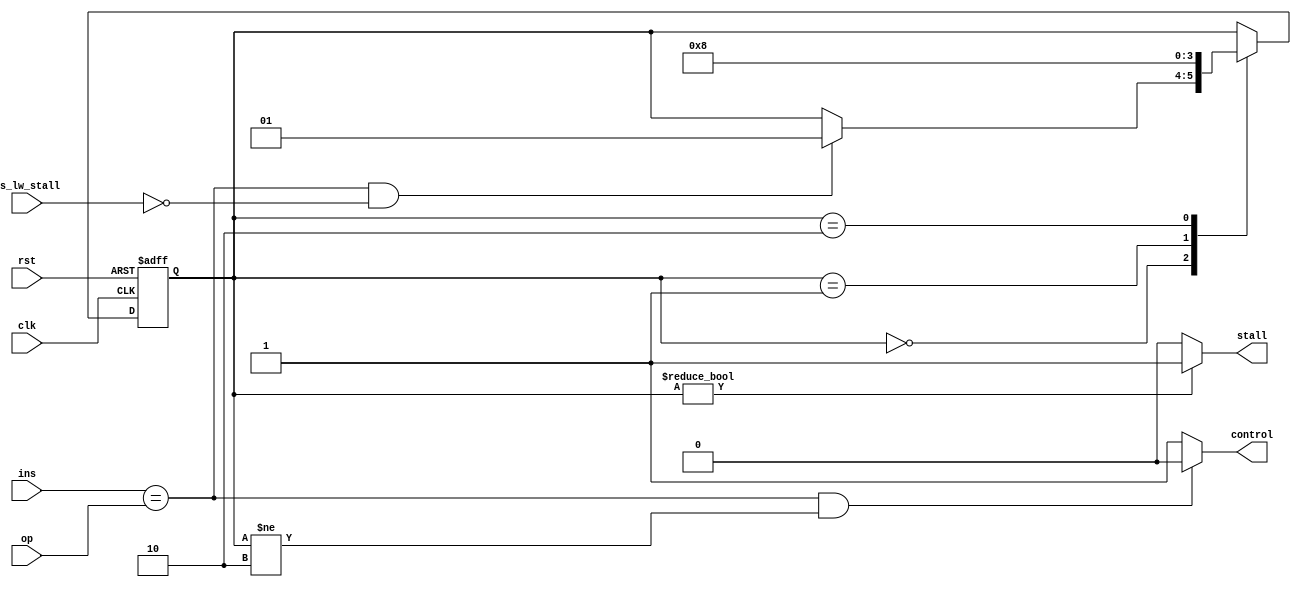
`timescale 1ns / 1ps

module Nop_2cycle(
    input clk,
    input rst,
    input [5:0] ins,
    input [5:0] op,
    input is_lw_stall,
    output reg control,
    output reg stall
    );
    reg [1:0] state,next_state;
    always@(posedge clk, posedge rst) begin
        if(rst) state<=0;
        else state<=next_state;
    end
    always@(*) begin
        next_state=state;
        case(state)
            0: if(ins==op&&~is_lw_stall) next_state=1;
            1: next_state=2;
            2: next_state=0;
        endcase
    end
    always@(*) begin
        if(ins==op&&state!=2) control=0;
        else control=1;
        if(state) stall=1;
        else stall=0; 
    end
endmodule